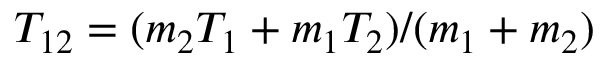
T _ { 1 2 } = ( m _ { 2 } T _ { 1 } + m _ { 1 } T _ { 2 } ) / ( m _ { 1 } + m _ { 2 } )